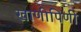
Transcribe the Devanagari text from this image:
खाणीपिणी